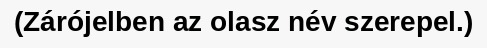
(Zárójelben az olasz név szerepel.)